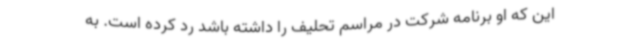
این که او برنامه شرکت در مراسم تحلیف را داشته باشد رد کرده است. به